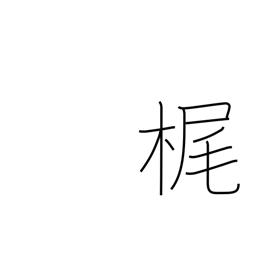
Meaning: sculling oar